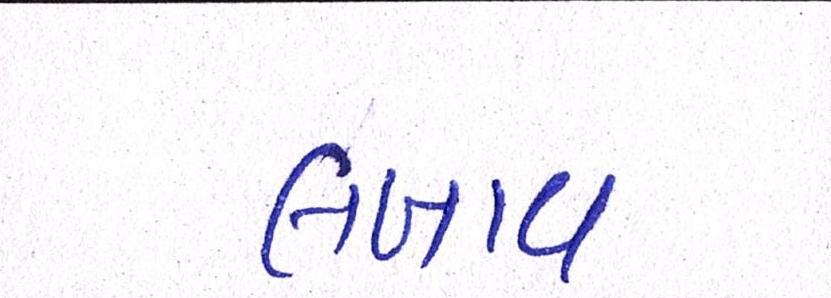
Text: લખાય